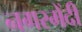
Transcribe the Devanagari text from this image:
नगरमेंदी